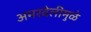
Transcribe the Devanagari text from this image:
अमरवेलीमुळे